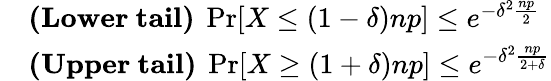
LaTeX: \begin{array}{rl}&{\mathrm{\textbf{(Lower~tail)}~}\operatorname*{Pr}[X\leq(1-\delta)np]\leq e^{-\delta^{2}\frac{np}{2}}}\\ &{\mathrm{\textbf{(Upper~tail)}~}\operatorname*{Pr}[X\geq(1+\delta)np]\leq e^{-\delta^{2}\frac{np}{2+\delta}}}\end{array}